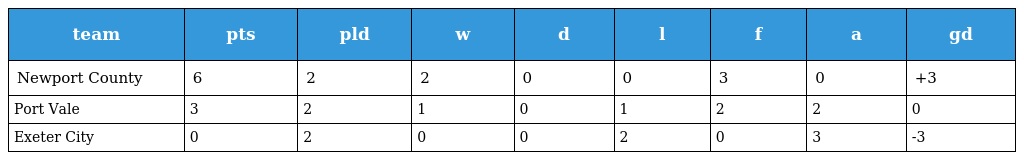
| team | pts | pld | w | d | l | f | a | gd |
 | --- | --- | --- | --- | --- | --- | --- | --- | --- |
 | Newport County | 6 | 2 | 2 | 0 | 0 | 3 | 0 | +3 |
 | Port Vale | 3 | 2 | 1 | 0 | 1 | 2 | 2 | 0 |
 | Exeter City | 0 | 2 | 0 | 0 | 2 | 0 | 3 | -3 |